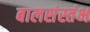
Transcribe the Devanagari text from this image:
बालसंस्तंभ